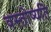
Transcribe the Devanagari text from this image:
वस्तोष्यति